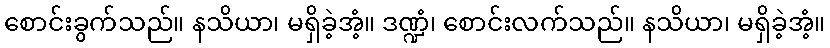
စောင်းခွက်သည်။ နသိယာ၊ မရှိခဲ့အံ့။ ဒဏ္ဍံ၊ စောင်းလက်သည်။ နသိယာ၊ မရှိခဲ့အံ့။